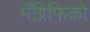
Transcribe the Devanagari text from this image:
मॅग्निफिको